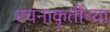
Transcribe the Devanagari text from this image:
रचनाकृतींच्या